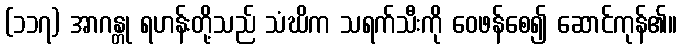
(၁၁၇) အာဂန္တု ရဟန်းတို့သည် သံဃိက သရက်သီးကို ဝေဖန်စေ၍ ဆောင်ကုန်၏။